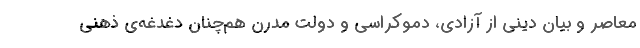
معاصر و بیان دینی از آزادی، دموکراسی و دولت مدرن هم‌چنان دغدغه‌ی ذهنی